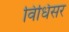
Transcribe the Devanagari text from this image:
विधिसर